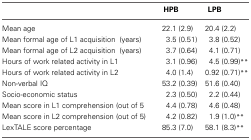
<table><thead><tr><td></td><td><b>HPB</b></td><td><b>LPB</b></td></tr></thead><tbody><tr><td>Mean age</td><td>22.1 (2.9)</td><td>20.4 (2.2)</td></tr><tr><td>Mean formal age of L1 acquisition (years)</td><td>3.5 (0.51)</td><td>3.8 (0.52)</td></tr><tr><td>Mean formal age of L2 acquisition (years)</td><td>3.7 (0.64)</td><td>4.1 (0.71)</td></tr><tr><td>Hours of work related activity in L1</td><td>3.1 (0.96)</td><td>4.5 (0.99)<sup>**</sup></td></tr><tr><td>Hours of work related activity in L2</td><td>4.0 (1.4)</td><td>0.92 (0.71)<sup>**</sup></td></tr><tr><td>Non-verbal IQ</td><td>53.2 (0.39)</td><td>51.6 (0.40)</td></tr><tr><td>Socio-economic status</td><td>2.3 (0.50)</td><td>2.2 (0.44)</td></tr><tr><td>Mean score in L1 comprehension (out of 5</td><td>4.4 (0.78)</td><td>4.6 (0.48)</td></tr><tr><td>Mean score in L2 comprehension (out of 5)</td><td>4.2 (0.82)</td><td>1.9 (1.0)<sup>**</sup></td></tr><tr><td>LexTALE score percentage</td><td>85.3 (7.0)</td><td>58.1 (8.3)<sup>**</sup></td></tr></tbody></table>